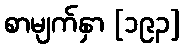
စာမျက်နှာ [၁၉၃]